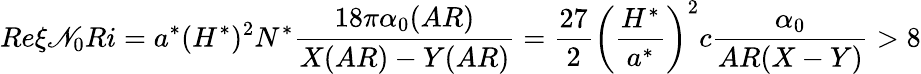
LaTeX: Re\xi\mathscr{N}_{0}Ri=a^{*}(H^{*})^{2}N^{*}\frac{{18\pi\alpha_{0}(AR)}}{{X(AR)-Y(AR)}}=\frac{{27}}{{2}}\left(\frac{{H^{*}}}{{a^{*}}}\right)^{2}c\frac{{\alpha_{0}}}{{AR(X-Y)}}>8